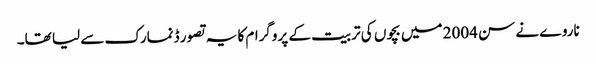
ناروے نے سن 2004 میں بچوں کی تربیت کے پروگرام کا یہ تصور ڈنمارک سے لیا تھا۔